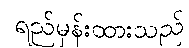
ရည်မှန်းထားသည်